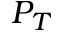
P _ { T }